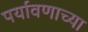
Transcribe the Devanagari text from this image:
पर्यावणाच्या